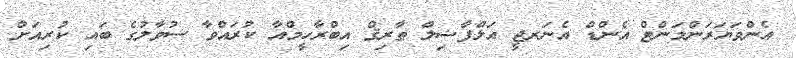
އެންވަޔަރަންމަންޓް އެންޑް އެނަރޖީ އަލްފާޟިލް ޠާރިޤް އިބްރާހީމްއާ ކުރައްވާ ސުވާލުގެ ބައި ކުރިއަށް